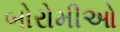
બોરોમીઓ